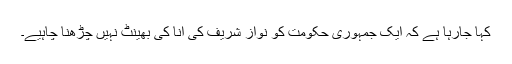
کہا جارہا ہے کہ ایک جمہوری حکومت کو نواز شریف کی انا کی بھینٹ نہیں چڑھنا چاہیے۔